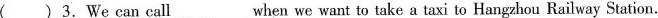
( )3.We can call when we want to take a taxi to Hangzhou Railway Station.